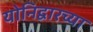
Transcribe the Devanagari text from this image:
योनिद्वारच्या